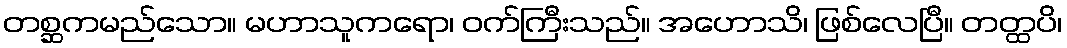
တစ္ဆကမည်သော။ မဟာသူကရော၊ ဝက်ကြီးသည်။ အဟောသိ၊ ဖြစ်လေပြီ။ တတ္ထပိ၊